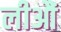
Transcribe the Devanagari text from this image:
लीऔं